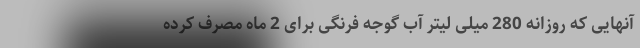
آنهایی که روزانه 280 میلی لیتر آب گوجه فرنگی برای 2 ماه مصرف کرده